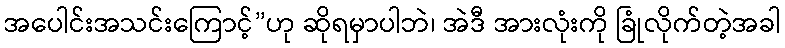
အပေါင်းအသင်းကြောင့်”ဟု ဆိုရမှာပါဘဲ၊ အဲဒီ အားလုံးကို ခြုံလိုက်တဲ့အခါ